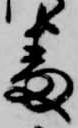
番